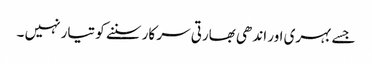
جسے بہری اور اندھی بھارتی سر کار سننے کو تیار نہیں ۔